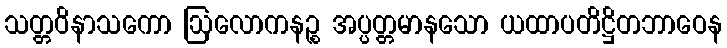
သတ္တဝိနာသကော ဩလောကနဉ္စ အပ္ပတ္တမာနသော ယထာပတိဋ္ဌိတဘာဝေန